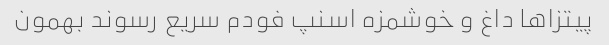
پیتزاها داغ و خوشمزه اسنپ فودم سریع رسوند بهمون